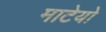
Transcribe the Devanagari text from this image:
माटेयो